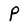
Character: P